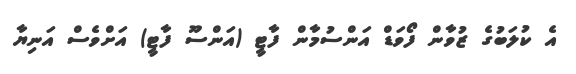
އެ ކުލަބުގެ ޒުވާން ފޯވަޑް އަންސުމާން ފާޓީ (އަންސޫ ފާޓީ) އަށްވެސް އަނިޔާ